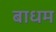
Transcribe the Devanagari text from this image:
बाधम